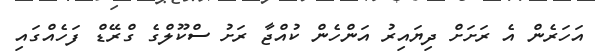
އަހަރެން އެ ރަށަށް ދިޔައިރު އަންހެން ކުއްޖާ ރަށު ސްކޫލްގެ ގްރޭޑް ފަހެއްގައި